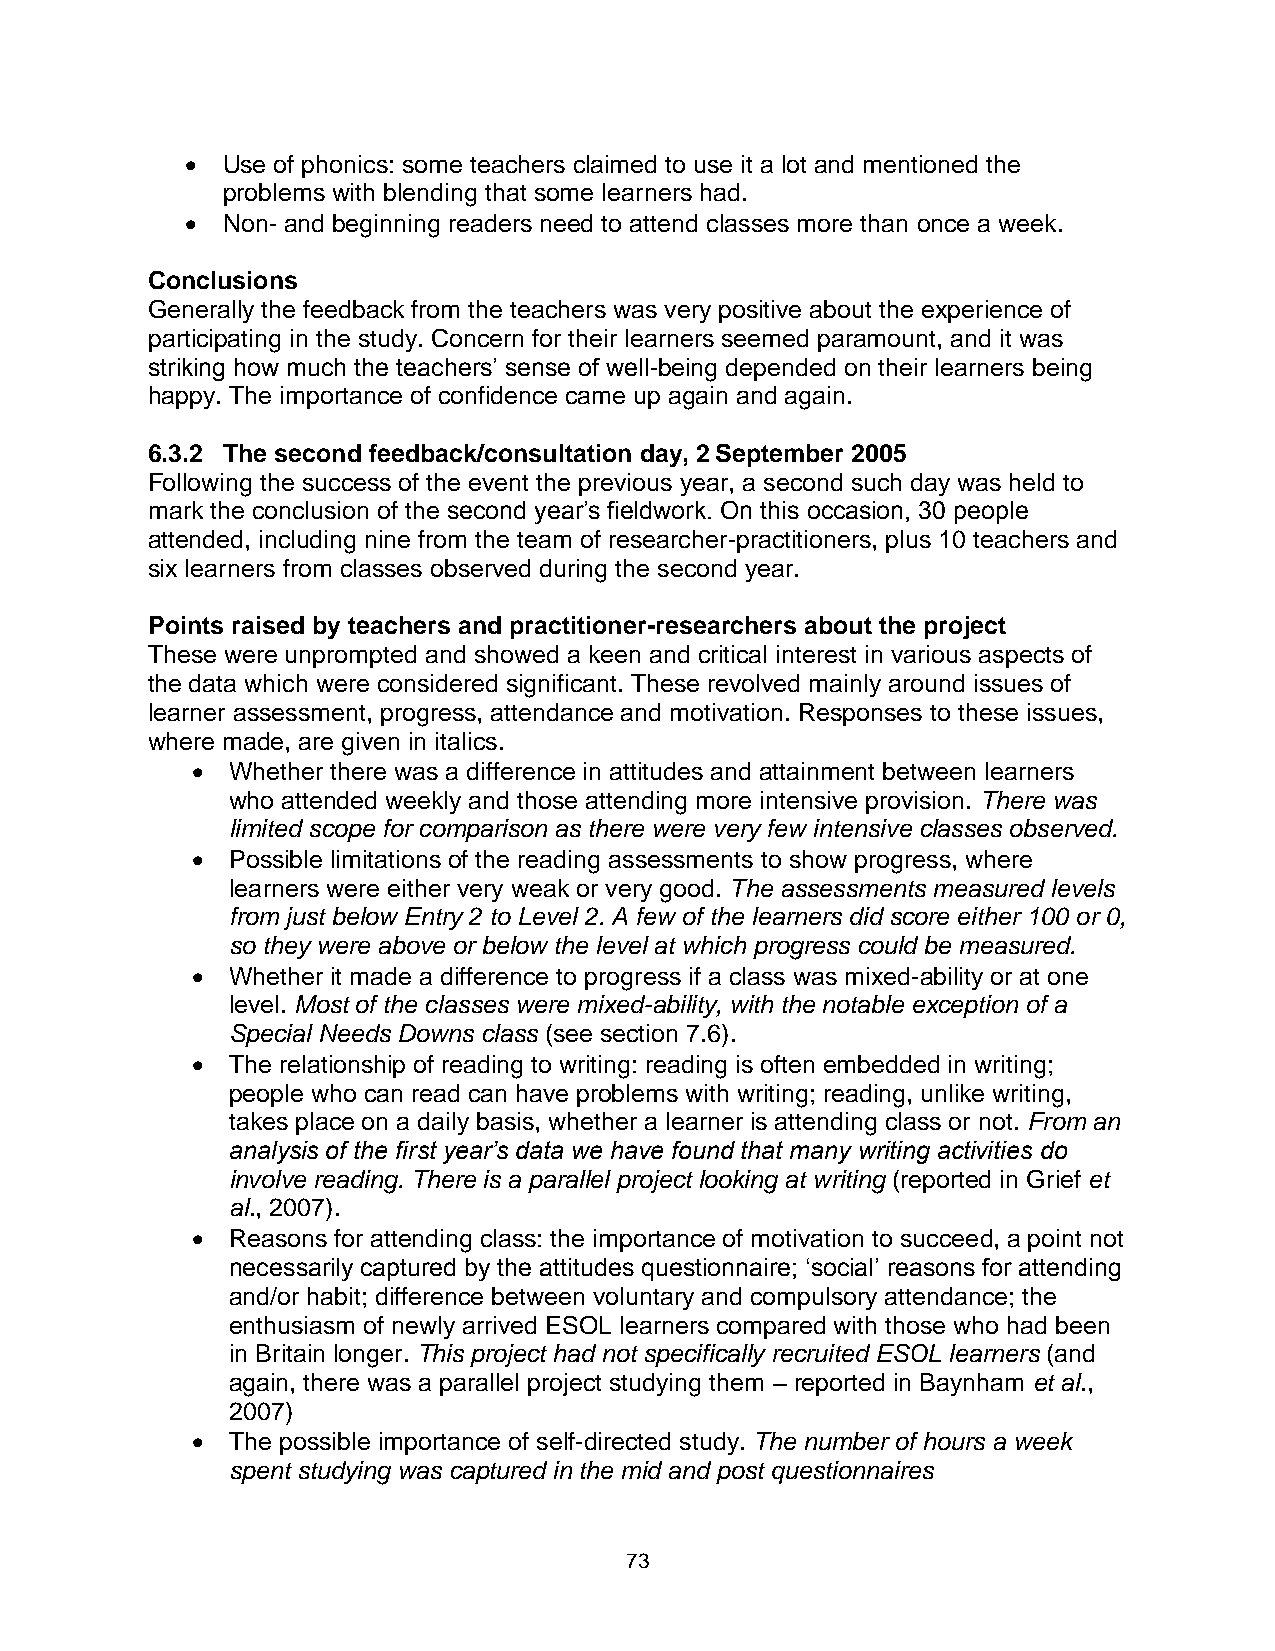
  Use of phonics: some teachers claimed to use it a lot and mentioned the
 problems with blending that some learners had.
   Non- and beginning readers need to attend classes more than once a week.
 Conclusions
 Generally the feedback from the teachers was very positive about the experience of
 participating in the study. Concern for their learners seemed paramount, and it was
 striking how much the teachers’ sense of well-being depended on their learners being
 happy. The importance of confidence came up again and again.
 6.3.2 The second feedback/consultation day, 2 September 2005
 Following the success of the event the previous year, a second such day was held to
 mark the conclusion of the second year’s fieldwork. On this occasion, 30 people
 attended, including nine from the team of researcher-practitioners, plus 10 teachers and
 six learners from classes observed during the second year.
 Points raised by teachers and practitioner-researchers about the project
 These were unprompted and showed a keen and critical interest in various aspects of
 the data which were considered significant. These revolved mainly around issues of
 learner assessment, progress, attendance and motivation. Responses to these issues,
 where made, are given in italics.
  Whether there was a difference in attitudes and attainment between learners
 who attended weekly and those attending more intensive provision. There was
 limited scope for comparison as there were very few intensive classes observed.
  Possible limitations of the reading assessments to show progress, where
 learners were either very weak or very good. The assessments measured levels
 from just below Entry 2 to Level 2. A few of the learners did score either 100 or 0,
 so they were above or below the level at which progress could be measured.
  Whether it made a difference to progress if a class was mixed-ability or at one
 level. Most of the classes were mixed-ability, with the notable exception of a
 Special Needs Downs class (see section 7.6).
  The relationship of reading to writing: reading is often embedded in writing;
 people who can read can have problems with writing; reading, unlike writing,
 takes place on a daily basis, whether a learner is attending class or not. From an
 analysis of the first year’s data we have found that many writing activities do
 involve reading. There is a parallel project looking at writing (reported in Grief et
 al., 2007).
  Reasons for attending class: the importance of motivation to succeed, a point not
 necessarily captured by the attitudes questionnaire; ‘social’ reasons for attending
 and/or habit; difference between voluntary and compulsory attendance; the
 enthusiasm of newly arrived ESOL learners compared with those who had been
 in Britain longer. This project had not specifically recruited ESOL learners (and
 again, there was a parallel project studying them – reported in Baynham et al.,
 2007)
  The possible importance of self-directed study. The number of hours a week
 spent studying was captured in the mid and post questionnaires
 73